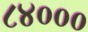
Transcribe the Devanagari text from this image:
८४०००